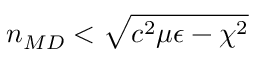
n _ { \/ { M D } } < \sqrt { c ^ { 2 } \mu \epsilon - \chi ^ { 2 } }